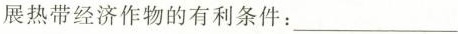
展热带经济作物的有利条件：___